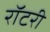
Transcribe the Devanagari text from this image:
रॉटरी